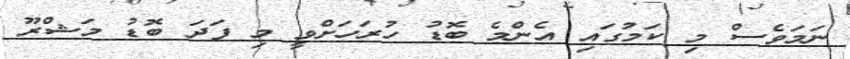
ނަމަވެސް މި ކަމުގައި އެންމެ ބޮޑު ހުރަހަށްވީ މި ފަދަ ބޮޑު މަޝްރޫ